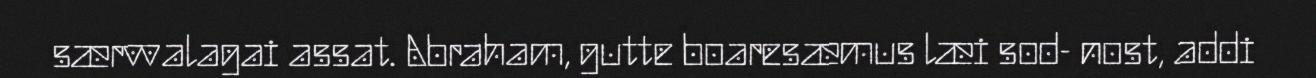
særvvalagai assat. Abraham, gutte boaresæmus læi sod- nost, addi